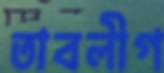
তাবলীগ